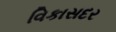
વિકાસદર